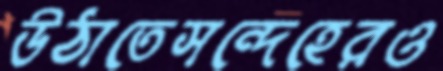
উঠাতেসন্দেহেরও